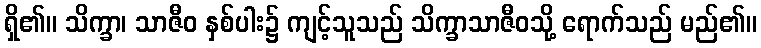
ရှိ၏။ သိက္ခာ၊ သာဇီဝ နှစ်ပါး၌ ကျင့်သူသည် သိက္ခာသာဇီဝသို့ ရောက်သည် မည်၏။